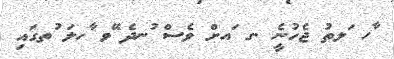
ާހ ަލތު ޖެހުނީެ .ގ ައށް ވެސް ުނދެ ޭވ ާހލަ ުތގައި